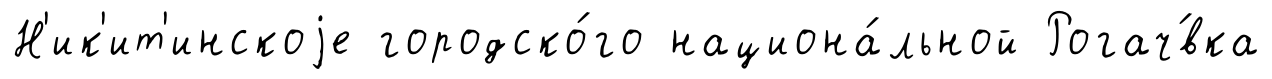
Н'ик'ит'инскоjе городско́го национа́льной Рогач́вка